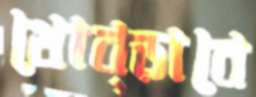
থোব্‌ড়াবে